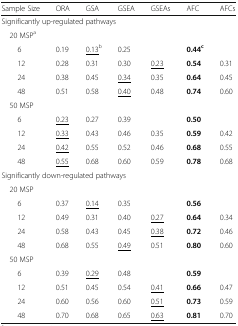
<table><thead><tr><td><b>Sample Size</b></td><td><b>ORA</b></td><td><b>GSA</b></td><td><b>GSEA</b></td><td><b>GSEAs</b></td><td><b>AFC</b></td><td><b>AFCs</b></td></tr></thead><tbody><tr><td colspan="7">Significantly up-regulated pathways</td></tr><tr><td colspan="7"> 20 MSP<sup>a</sup></td></tr><tr><td>6</td><td>0.19</td><td><underline>0.13</underline><sup>b</sup></td><td>0.25</td><td></td><td><b>0.44</b><sup><b>c</b></sup></td><td></td></tr><tr><td>12</td><td>0.28</td><td>0.31</td><td>0.30</td><td><underline>0.23</underline></td><td><b>0.54</b></td><td>0.31</td></tr><tr><td>24</td><td>0.38</td><td>0.45</td><td><underline>0.34</underline></td><td>0.35</td><td><b>0.64</b></td><td>0.45</td></tr><tr><td>48</td><td>0.51</td><td>0.58</td><td><underline>0.40</underline></td><td>0.48</td><td><b>0.74</b></td><td>0.60</td></tr><tr><td colspan="7"> 50 MSP</td></tr><tr><td>6</td><td><underline>0.23</underline></td><td>0.27</td><td>0.39</td><td></td><td><b>0.50</b></td><td></td></tr><tr><td>12</td><td><underline>0.33</underline></td><td>0.43</td><td>0.46</td><td>0.35</td><td><b>0.59</b></td><td>0.42</td></tr><tr><td>24</td><td><underline>0.42</underline></td><td>0.55</td><td>0.52</td><td>0.46</td><td><b>0.68</b></td><td>0.55</td></tr><tr><td>48</td><td><underline>0.55</underline></td><td>0.68</td><td>0.60</td><td>0.59</td><td><b>0.78</b></td><td>0.68</td></tr><tr><td colspan="7">Significantly down-regulated pathways</td></tr><tr><td colspan="7"> 20 MSP</td></tr><tr><td>6</td><td>0.37</td><td><underline>0.14</underline></td><td>0.35</td><td></td><td><b>0.56</b></td><td></td></tr><tr><td>12</td><td>0.49</td><td>0.31</td><td>0.40</td><td><underline>0.27</underline></td><td><b>0.64</b></td><td>0.34</td></tr><tr><td>24</td><td>0.58</td><td>0.43</td><td>0.45</td><td><underline>0.38</underline></td><td><b>0.72</b></td><td>0.46</td></tr><tr><td>48</td><td>0.68</td><td>0.55</td><td><underline>0.49</underline></td><td>0.51</td><td><b>0.80</b></td><td>0.60</td></tr><tr><td colspan="7"> 50 MSP</td></tr><tr><td>6</td><td>0.39</td><td><underline>0.29</underline></td><td>0.48</td><td></td><td><b>0.59</b></td><td></td></tr><tr><td>12</td><td>0.51</td><td>0.45</td><td>0.54</td><td><underline>0.41</underline></td><td><b>0.66</b></td><td>0.47</td></tr><tr><td>24</td><td>0.60</td><td>0.56</td><td>0.60</td><td><underline>0.51</underline></td><td><b>0.73</b></td><td>0.59</td></tr><tr><td>48</td><td>0.70</td><td>0.68</td><td>0.65</td><td><underline>0.63</underline></td><td><b>0.81</b></td><td>0.70</td></tr></tbody></table>